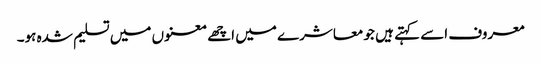
معروف اسے کہتے ہیں جو معاشرے میں اچھے معنوں میں تسلیم شدہ ہو۔